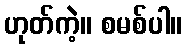
ဟုတ်ကဲ့။ စမစ်ပါ။